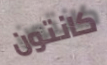
كانتون